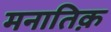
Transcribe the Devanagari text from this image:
मनातिक़